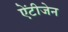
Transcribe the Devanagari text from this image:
ऐंटीजेन